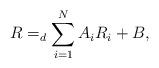
LaTeX: \begin{align*} R=_d \sum_{i=1}^NA_i R_i + B,\end{align*}